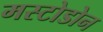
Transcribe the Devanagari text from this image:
मस्टोडोन